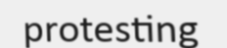
protesting